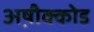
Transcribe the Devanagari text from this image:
अष़ीक्कोड